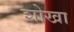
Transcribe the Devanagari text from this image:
शोखा